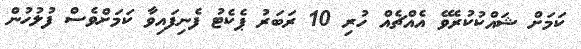
ކަމަށް ޝައްކުކުރެވޭ އެއްޗެއް ހުރި 10 ރަބަރު ޕެކެޓު ފެނިފައިވާ ކަމަށްވެސް ފުލުހުން